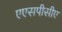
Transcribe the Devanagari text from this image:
एएसपीसीए